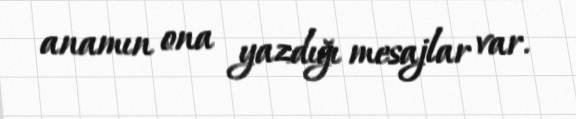
anamın ona yazdığı mesajlar var.